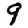
Digit: 9